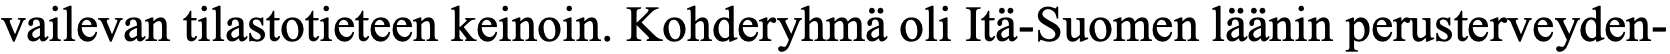
vailevan tilastotieteen keinoin. Kohderyhmä oli Itä-Suomen läänin perusterveyden-